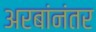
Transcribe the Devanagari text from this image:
अरबांनंतर